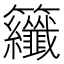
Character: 𮇂